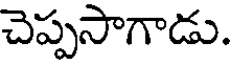
చెప్పసాగాడు.